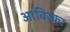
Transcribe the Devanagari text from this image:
आविस्कर